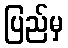
ပြည်မှ